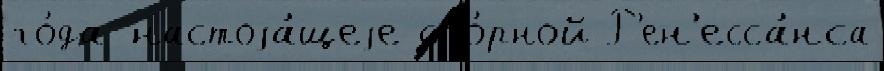
го́да настоjа́щеjе спо́рной Р'ен'есса́нса